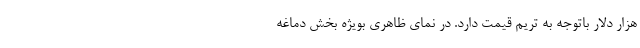
هزار دلار باتوجه به تریم قیمت دارد. در نمای ظاهری بویژه بخش دماغه